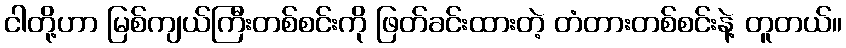
ငါတို့ဟာ မြစ်ကျယ်ကြီးတစ်စင်းကို ဖြတ်ခင်းထားတဲ့ တံတားတစ်စင်းနဲ့ တူတယ်။